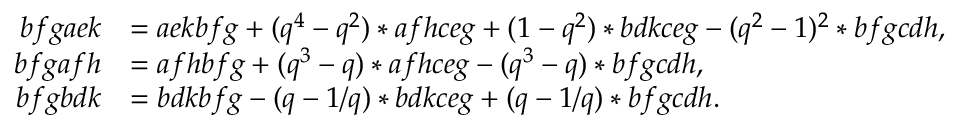
\begin{array} { r l } { b f g a e k } & { = a e k b f g + ( q ^ { 4 } - q ^ { 2 } ) * a f h c e g + ( 1 - q ^ { 2 } ) * b d k c e g - ( q ^ { 2 } - 1 ) ^ { 2 } * b f g c d h , } \\ { b f g a f h } & { = a f h b f g + ( q ^ { 3 } - q ) * a f h c e g - ( q ^ { 3 } - q ) * b f g c d h , } \\ { b f g b d k } & { = b d k b f g - ( q - 1 / q ) * b d k c e g + ( q - 1 / q ) * b f g c d h . } \end{array}